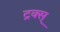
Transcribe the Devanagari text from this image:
ट्रक्स्